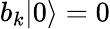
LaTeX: b_{k}|0\rangle=0